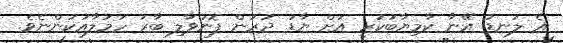
އެ ލަނޑު އޭނާ ކާމިޔާބުކުރީ އަށް ޔާޑު ދުރުން ފޮނުވާލި ބާރު ހަމަލާއަކުންނެވެ.